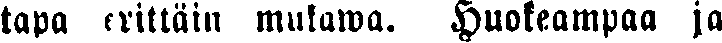
tapa erittäin mukawa. Huokeampaa ja